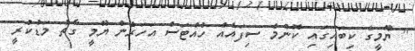
" ޔޫމީގެ ކިބައިގައި ކޮންމެ ސިފައެއް ހުއްޓަސް އަހަރެން ޔޫމީ ގާތު މަޑުކުރީ